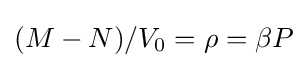
(M-N)/V_{0}=\rho =\beta P